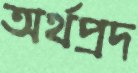
অর্থপ্রদ